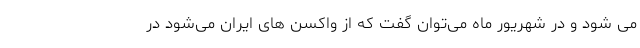
می شود و در شهریور ماه می‌توان گفت که از واکسن های ایران می‌شود در